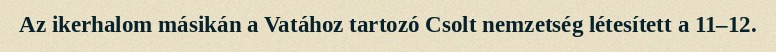
Az ikerhalom másikán a Vatához tartozó Csolt nemzetség létesített a 11–12.